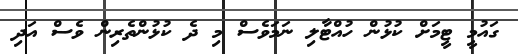
ގައުމީ ޓީމަށް ކުޅުން ހުއްޓާލި ނަމަވެސް މި ދެ ކުޅުންތެރިން ވެސް އަދި